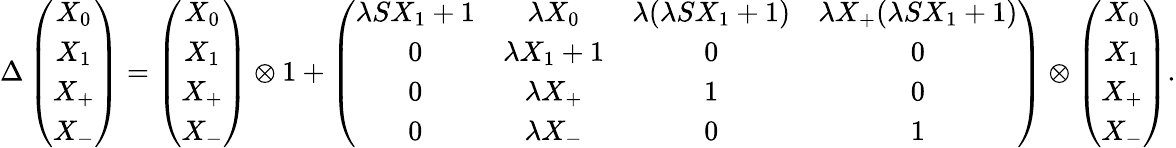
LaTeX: \Delta\left(\begin{array}{c}{{X_{0}}}\\ {{X_{1}}}\\ {{X_{+}}}\\ {{X_{-}}}\end{array}\right)=\left(\begin{array}{c}{{X_{0}}}\\ {{X_{1}}}\\ {{X_{+}}}\\ {{X_{-}}}\end{array}\right)\otimes 1+\left(\begin{array}{cccc}{{\lambda SX_{1}+1}}&{{\lambda X_{0}}}&{{\lambda(\lambda SX_{1}+1)}}&{{\lambda X_{+}(\lambda SX_{1}+1)}}\\ {{0}}&{{\lambda X_{1}+1}}&{{0}}&{{0}}\\ {{0}}&{{\lambda X_{+}}}&{{1}}&{{0}}\\ {{0}}&{{\lambda X_{-}}}&{{0}}&{{1}}\end{array}\right)\otimes\left(\begin{array}{c}{{X_{0}}}\\ {{X_{1}}}\\ {{X_{+}}}\\ {{X_{-}}}\end{array}\right).